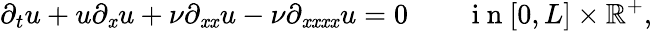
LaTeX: \partial_{t}u+u\partial_{\mathit{x}}u+\nu\partial_{\mathit{x}\mathit{x}}u-\nu\partial_{\mathit{x}\mathit{x}\mathit{x}\mathit{x}}u=0\qquad\mathrm{{~i~n~}}[0,L]\times\mathbb{{R}}^{+},